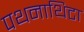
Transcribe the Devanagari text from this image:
पथनाथिटा